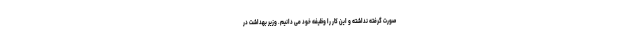
صورت گرفته نداشته و این کار را وظیفه خود می دانیم. وزیر بهداشت در